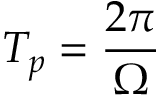
T _ { p } = \frac { 2 \pi } { \Omega }